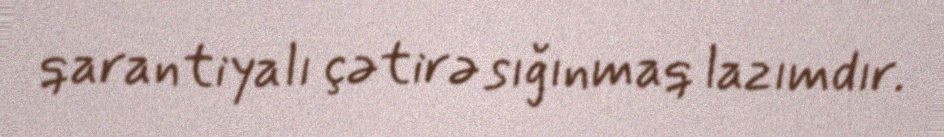
qarantiyalı çətirə sığınmaq lazımdır.